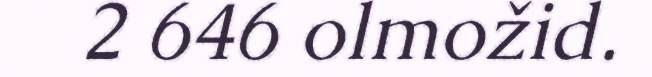
2 646 olmožid.